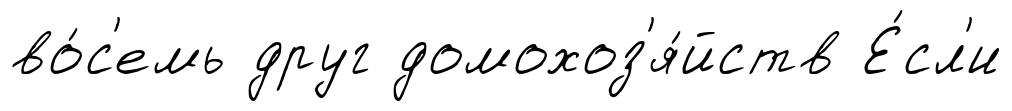
во́с'емь друг домохоз'я́йств Е́сл'и